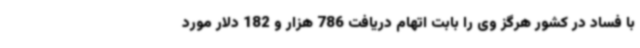
با فساد در کشور هرگز وی را بابت اتهام دریافت 786 هزار و 182 دلار مورد